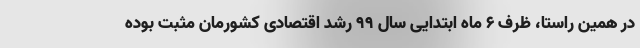
در همین راستا، ظرف ۶ ماه ابتدایی سال 99 رشد اقتصادی کشورمان مثبت بوده